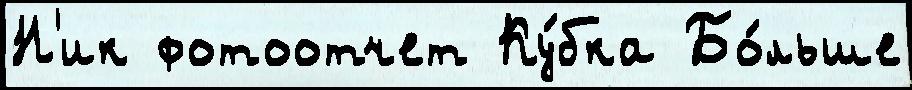
Н'ик фотоотчет Ку́бка Бо́льше